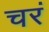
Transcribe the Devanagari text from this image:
चरं